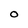
Character: O